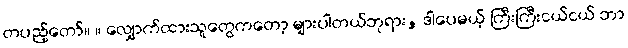
တပည့်တော်။ ။ လျှောက်ထားသူတွေကတော့ များပါတယ်ဘုရား, ဒါပေမယ့် ကြီးကြီးငယ်ငယ် ဘာ